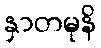
နှာတမုနိ